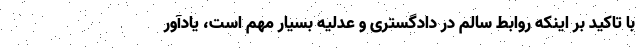
با تاکید بر اینکه روابط سالم در دادگستری و عدلیه بسیار مهم است، یادآور